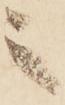
之